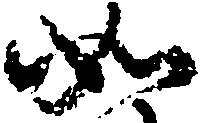
如